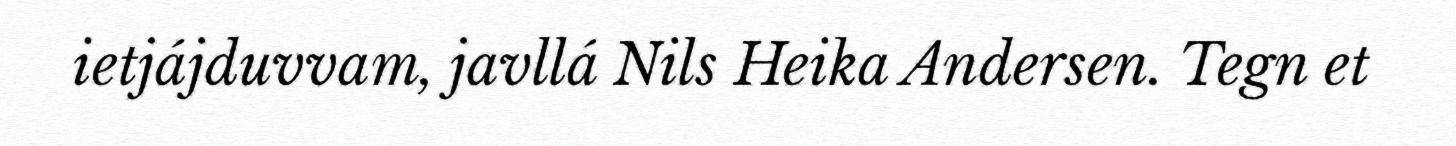
ietjájduvvam, javllá Nils Heika Andersen. Tegn et